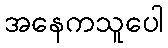
အနေကသူပေါ